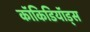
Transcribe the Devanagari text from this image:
कॉकिडियॉड्स